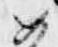
如